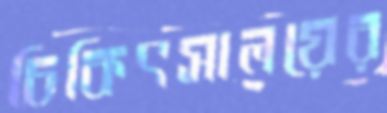
চিকিৎসালয়ের